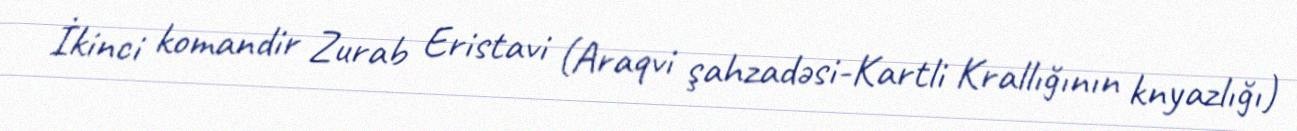
İkinci komandir Zurab Eristavi (Araqvi şahzadəsi-Kartli Krallığının knyazlığı)